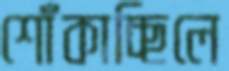
শোঁকাচ্ছিলে